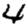
Digit: 4